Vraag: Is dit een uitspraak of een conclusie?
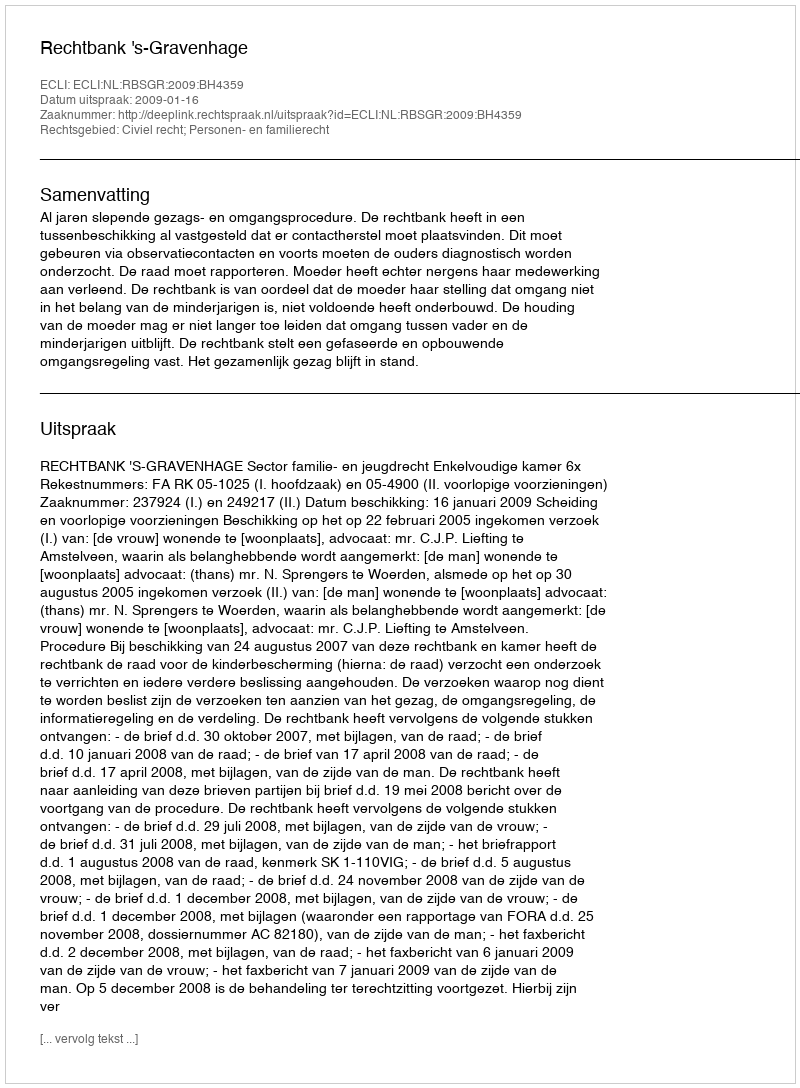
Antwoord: Uitspraak